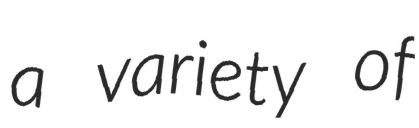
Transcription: a variety of